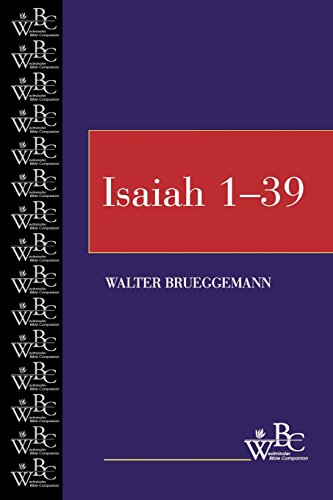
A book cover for Isaiah, Vol. 1: Chapters 1-39 (Westminster Bible Companion); Walter Brueggemann; Christian Books & Bibles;